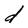
Character: d